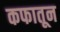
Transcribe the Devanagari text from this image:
कफातून